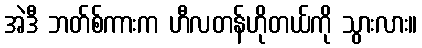
အဲဒီ ဘတ်စ်ကားက ဟီလတန်ဟိုတယ်ကို သွားလား။